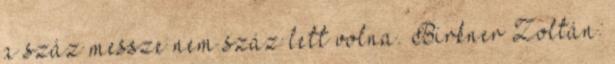
a száz messze nem száz lett volna. Birkner Zoltán: